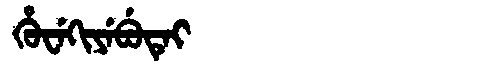
Manchu: ᡥᡠᠸᡝᡴᡳᠶᡝᠪᡠᡨᡝᡳ
Romanization: HUWEKIYEBUTEI